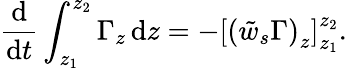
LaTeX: \frac{\mathrm{d}}{\mathrm{d}t}\int_{z_{1}}^{z_{2}}\Gamma_{z}\, \mathrm{d}z=-\left[\left(\tilde{w}_{s}\Gamma\right)_{z}\right]_{z_{1}}^{z_{2}}.